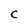
Character: C